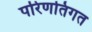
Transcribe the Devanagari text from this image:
परिणतिगत